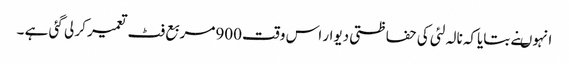
انہوںنے بتایاکہ نالہ لئی کی حفاظتی دیوار اس وقت 900مربع فٹ تعمیر کر لی گئی ہے ۔